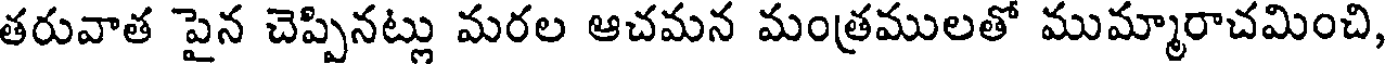
తరువాత పైన చెప్పినట్లు మరల ఆచమన మంత్రములతో ముమ్మారాచమించి,